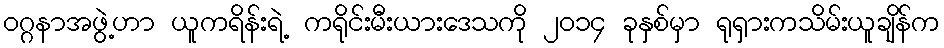
၀ဂ္ဂနာအဖွဲ့ဟာ ယူကရိန်းရဲ့ ကရိုင်းမီးယားဒေသကို ၂၀၁၄ ခုနှစ်မှာ ရုရှားကသိမ်းယူချိန်က